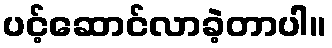
ပင့်ဆောင်လာခဲ့တာပါ။